system: You are a helpful assistant.
user:
Analyze the provided spectrum to determine if it is a **"Cataclysmic Variables (CV)"**.

- **Key Indicators for CV (Check for either state):**
    - **State 1: Quiescent / Low-State (Emission-Dominated)**
        - **(Primary):** Strong and *very broad* Hydrogen Balmer emission lines (e.g., $H\alpha$ at 6563 Å, $H\beta$ at 4861 Å). The 'broadness' (high velocity dispersion, often FWHM > 1000 km/s) is the key diagnostic, indicating a high-velocity accretion disk.
        - **(Secondary):** Broad neutral Helium (He I) emission lines (e.g., 5876 Å, 6678 Å).
        - **(Key Confirmation):** Presence of high-excitation *ionized* Helium (He II) emission at 4686 Å. This is a strong indicator of accretion onto a white dwarf.
        - **(Line Profile):** Emission lines may exhibit a 'double-peaked' profile, which is a classic signature of a rotating accretion disk viewed at high inclination.

    - **State 2: Outburst / High-State (Absorption-Dominated)**
        - **(Primary):** Spectrum is dominated by a bright, blue continuum (looks like a hot star).
        - **(Secondary):** The emission lines from State 1 are weak, absent, or 'filled in', and are replaced by broad, shallow *absorption* lines (primarily Balmer and He I).
        - **(Morphology):** The overall spectrum mimics a hot B/A-type star. The crucial difference is that the absorption lines are significantly broader, shallower, and more 'washed-out' (or 'smeared') than the sharp lines of a normal stellar photosphere, due to high rotational speeds and pressure broadening in the disk.

Think first, call **spectral_visualization_tool** if needed to examine features in detail, then provide your final answer. Your response must adhere to the following strict rules:
1.  **Overall Structure:** Your response must follow the format `<think>...</think> <tool_call>...</tool_call> (if a tool is used) <answer>...</answer>`.
2.  **Tool Usage Constraint:** You may only make **one** tool call per turn.
3.  **Final Answer Format:** In the `<answer>` tag, your conclusion must be inside a `\boxed{}` command (e.g., `\boxed{YES}`), followed by your justification.

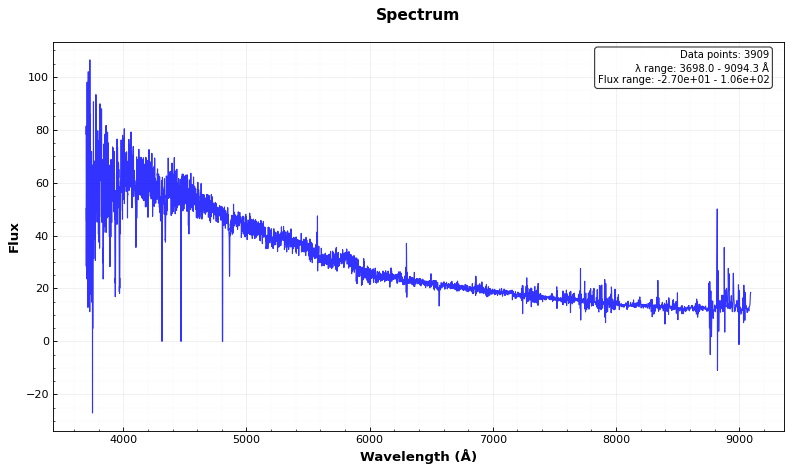
Answer: NO